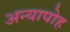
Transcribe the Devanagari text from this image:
अन्यापोह